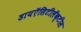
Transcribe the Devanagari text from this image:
डायऍसिटीलॅक्‍टीस